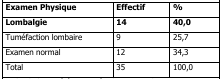
| Examen Physique | Effectif | % |
 | --- | --- | --- |
 | Lombalgie | 14 | 40,0 |
 | Tuméfaction lombaire | 9 | 25,7 |
 | Examen normal | 12 | 34,3 |
 | Total | 35 | 100,0 |